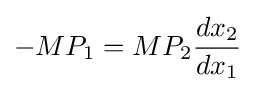
-MP_{1}=MP_{2}{\frac {dx_{2}}{dx_{1}}}